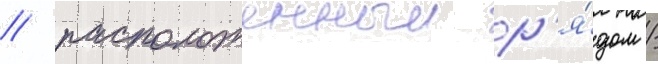
/ расположенныи р'я́дом /